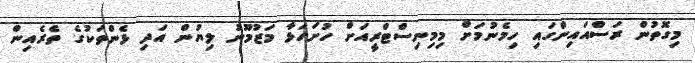
މިގޮތުން ރަސްއައިންގައި ހިމެނުމަށް މިމިނިސްޓްރީއަށް ހުށަހަޅާ މަޒުމޫނު ލިޔުން އަދި ޅެންތަކުގެ ތެރެއިން